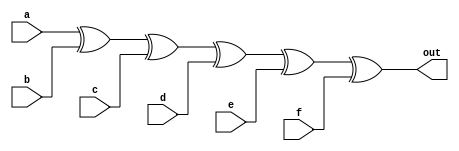
// Copyright 2012 Altera Corporation. All rights reserved.  
// Altera products are protected under numerous U.S. and foreign patents, 
// maskwork rights, copyrights and other intellectual property laws.  
//
// This reference design file, and your use thereof, is subject to and governed
// by the terms and conditions of the applicable Altera Reference Design 
// License Agreement (either as signed by you or found at www.altera.com).  By
// using this reference design file, you indicate your acceptance of such terms
// and conditions between you and Altera Corporation.  In the event that you do
// not agree with such terms and conditions, you may not use the reference 
// design file and please promptly destroy any copies you have made.
//
// This reference design file is being provided on an "as-is" basis and as an 
// accommodation and therefore all warranties, representations or guarantees of 
// any kind (whether express, implied or statutory) including, without 
// limitation, warranties of merchantability, non-infringement, or fitness for
// a particular purpose, are specifically disclaimed.  By making this reference
// design file available, Altera expressly does not recommend, suggest or 
// require that this reference design file be used in combination with any 
// other product not provided by Altera.
/////////////////////////////////////////////////////////////////////////////
// 
// 6 input XOR Function
//
// Author:
// Cher Jier Yap 	- 05-09-2012 
//   
// Revision:
// 04-03-2006 - Original Code for Altera Cookbook
// 05-09-2012 - Remove the dependency of the WYSIWYG Startix II lcell
//				Replace with the general equation function

module xor6 (out,a,b,c,d,e,f);
input a,b,c,d,e,f;
output out;
wire out;

// Equivalent function : out = a ^ b ^ c ^ d ^ e ^ f;
assign out = a ^ b ^ c ^ d ^ e ^ f;


//stratixii_lcell_comb s2lc (
//  .dataa (a),.datab (b),.datac (c),.datad (d),.datae (e),.dataf (f),.datag(1'b1),
//  .cin(1'b1),.sharein(1'b0),.sumout(),.cout(),.shareout(),
//  .combout(out));
//
//defparam s2lc .lut_mask = 64'h6996966996696996;
//defparam s2lc .shared_arith = "off";
//defparam s2lc .extended_lut = "off";

endmodule